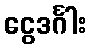
ငွေဒင်္ဂါး